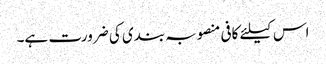
اس کیلئے کافی منصوبہ بندی کی ضرورت ہے۔